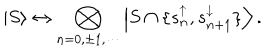
LaTeX: \left| S \right\rangle \leftrightarrow \bigotimes _ { n = 0 , \pm 1 , \cdots } \left| S \cap \{ s _ { n } ^ { \uparrow } , s _ { n + 1 } ^ { \downarrow } \} \right\rangle .